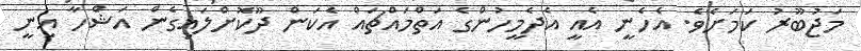
މަޖުބޫރު ކަމަށެވެ. އެހެނީ އެއީ އެދެމީހުންގެ އަތްމައްޗައް އެކަން ދޫކޮށްލައިގެން އަޝްހާ އިނީ